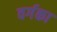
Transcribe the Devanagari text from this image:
वर्गका